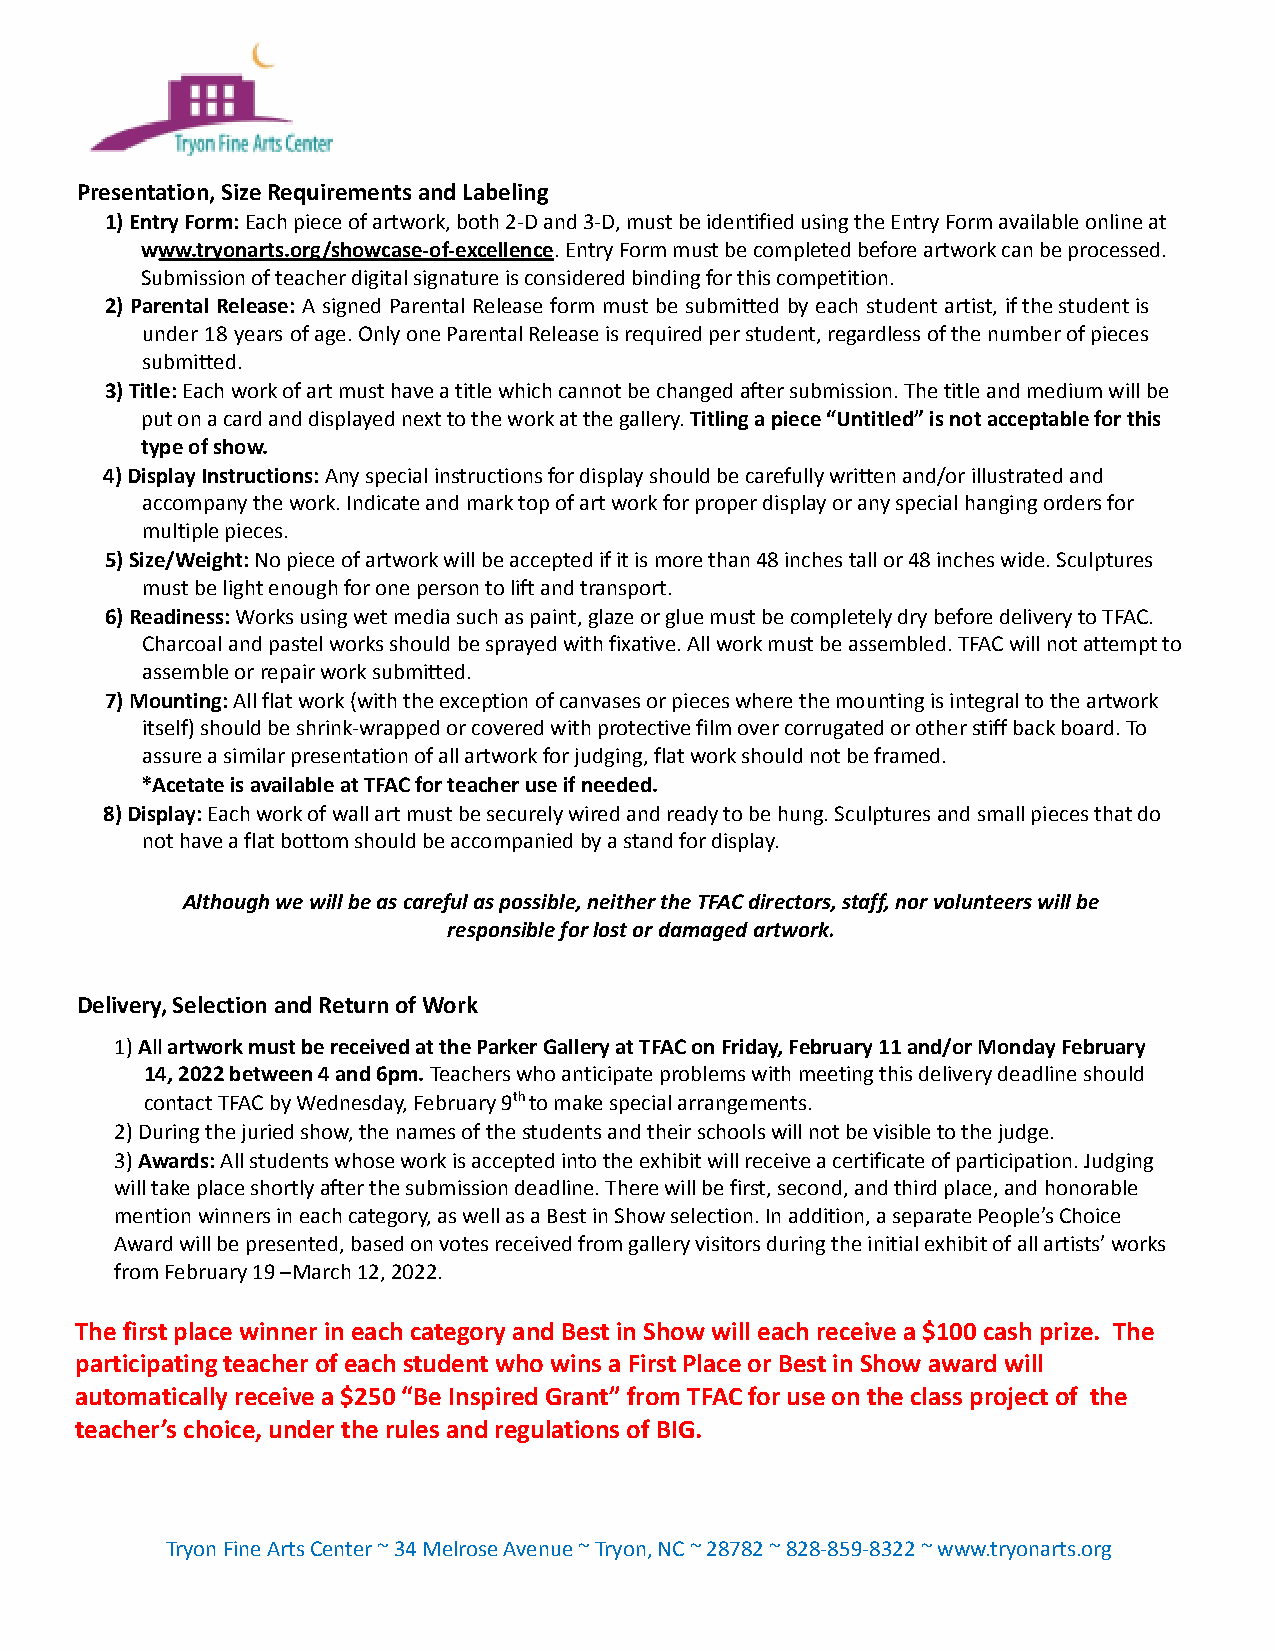
Presentation, Size Requirements and Labeling
 1) Entry Form:Each piece of artwork, both 2-D and3-D, must be identified using the Entry Form available online at
 www.tryonarts.org/showcase-of-excellence. Entry Formmust be completed before artwork can be processed.
 Submission of teacher digital signature is considered binding for this competition.
 2) Parental Release: A signed Parental Release form must be submitted by each student artist, ifthestudentis
 under 18 years ofage.OnlyoneParentalReleaseisrequiredperstudent,regardlessofthenumberofpieces
 submitted.
 3) Title:Each work of art must have a title whichcannot be changed after submission. The title and medium will be
 put on a card and displayed next to the work at the gallery.Titling a piece “Untitled” is not acceptablefor this
 type of show.
 4) Display Instructions:Any special instructionsfor display should be carefully written and/or illustrated and
 accompany the work. Indicate and mark top of art work for proper display or any special hanging orders for
 multiple pieces.
 5) Size/Weight:No piece of artwork will be acceptedif it is more than 48 inches tall or 48 inches wide. Sculptures
 must be light enough for one person to lift and transport.
 6) Readiness:Works using wet media such as paint,glaze or glue must be completely dry before delivery to TFAC.
 Charcoal and pastel works should be sprayed with fixative. All work must be assembled. TFAC will not attempt to
 assemble or repair work submitted.
 7) Mounting:All flat work (with the exception ofcanvases or pieces where the mounting is integral to the artwork
 itself) should be shrink-wrapped or covered with protective film over corrugated or other stiff back board. To
 assure a similar presentation of all artwork for judging, flat work should not be framed.
 *Acetate is available at TFAC for teacher use if needed.
 8) Display:Each work of wall art must be securelywired and ready to be hung. Sculptures and small pieces that do
 not have a flat bottom should be accompanied by a stand for display.
 Although we will be as careful as possible, neither the TFAC directors, staff, nor volunteers will be
 responsible for lost or damaged artwork.
 Delivery, Selection and Return of Work
 1)Allartwork must be received at the Parker Galleryat TFAC on Friday, February 11 and/or Monday February
 14, 2022 between 4 and 6pm.Teachers who anticipateproblems with meeting this delivery deadline should
 contact TFAC by Wednesday, February 9thto make specialarrangements.
 2) During the juried show, the names of the students and their schools will not be visible to the judge.
 3)Awards:All students whose work is accepted intothe exhibit will receive a certificate of participation. Judging
 will take place shortly after the submission deadline. There will be first, second, and third place, and honorable
 mention winners in each category, as well as a Best in Show selection. In addition, a separate People’s Choice
 Award will be presented, based on votes received from gallery visitors during the initial exhibit of all artists’ works
 from February 19 –March 12, 2022.
 The first place winner in each category and Best in Show will each receive a $100 cash prize. The
 participating teacher of each student who wins a First Place or Best in Show award will
 automatically receive a $250 “Be Inspired Grant” from TFAC for use on the class project of the
 teacher’s choice, under the rules and regulations of BIG.
 Tryon Fine Arts Center ~ 34 Melrose Avenue ~ Tryon, NC ~ 28782 ~ 828-859-8322 ~ www.tryonarts.org